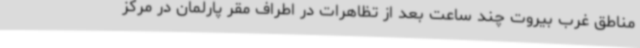
مناطق غرب بیروت چند ساعت بعد از تظاهرات در اطراف مقر پارلمان در مرکز